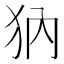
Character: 𤜽